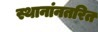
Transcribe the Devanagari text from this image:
स्थानांनतरित